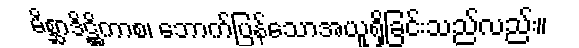
မိစ္ဆာဒိဋ္ဌိကာစ၊ ဘောက်ပြန်သောအယူရှိခြင်းသည်လည်း။